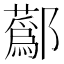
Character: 𨟗